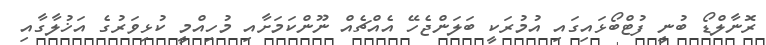
ރޮނާލްޑޯ ބުނީ ފުޓްބޯޅައިގައި އުމުރަކީ ބަލަންޖެހޭ އެއްޗެއް ނޫންކަމަށާއި މުހިއްމީ ކުޅިވަރުގެ އަޚުލާގާއި